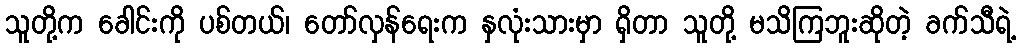
သူတို့က ခေါင်းကို ပစ်တယ်၊ တော်လှန်ရေးက နှလုံးသားမှာ ရှိတာ သူတို့ မသိကြဘူးဆိုတဲ့ ခက်သီရဲ့